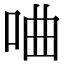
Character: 㖆